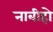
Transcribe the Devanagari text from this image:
नाबीहो